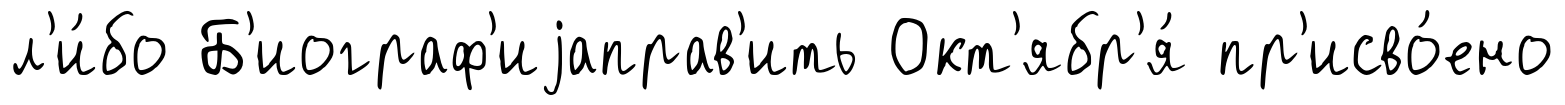
л'и́бо Б'иограф'иjаправ'ить Окт'ябр'я́ пр'исво́ено